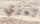
ليزي